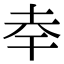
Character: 𭎎